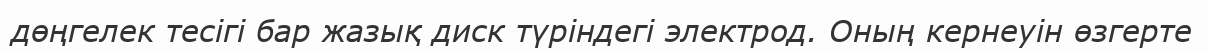
дөңгелек тесігі бар жазық диск түріндегі электрод. Оның кернеуін өзгерте